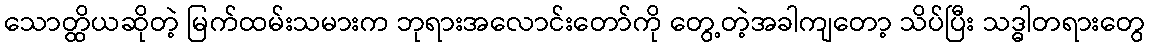
သောတ္ထိယဆိုတဲ့ မြက်ထမ်းသမားက ဘုရားအလောင်းတော်ကို တွေ့တဲ့အခါကျတော့ သိပ်ပြီး သဒ္ဓါတရားတွေ